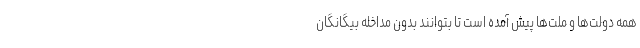
همه دولت‌ها و ملت‌ها پیش آمده است تا بتوانند بدون مداخله بیگانگان